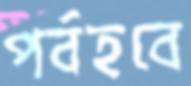
পর্বহবে